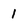
Character: 1